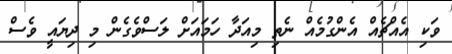
ވަކި އެއްޗެއް އެންގުމެއް ނެތި މިއަދާ ހަމައަށް ލަސްވެގެން މި ދިޔައީ ވެސް